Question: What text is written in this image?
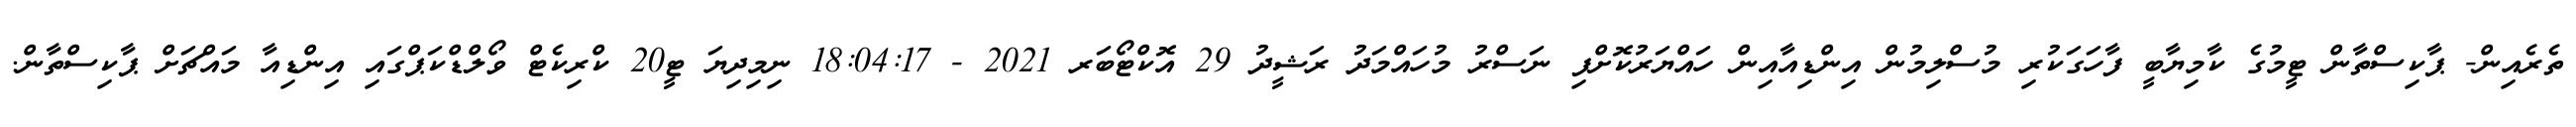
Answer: ތެރެއިން- ޕާކިސްތާން ޓީމުގެ ކާމިޔާބީ ފާހަގަކުރި މުސްލިމުން އިންޑިއާއިން ހައްޔަރުކޮށްފި ނަސްރު މުހައްމަދު ރަޝީދު 29 އޮކްޓޯބަރ 2021 - 18:04:17 ނިމިދިޔަ ޓީ20 ކްރިކެޓް ވޯލްޑްކަޕްގައި އިންޑިއާ މައްޗަށް ޕާކިސްތާން.